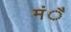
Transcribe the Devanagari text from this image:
मंै